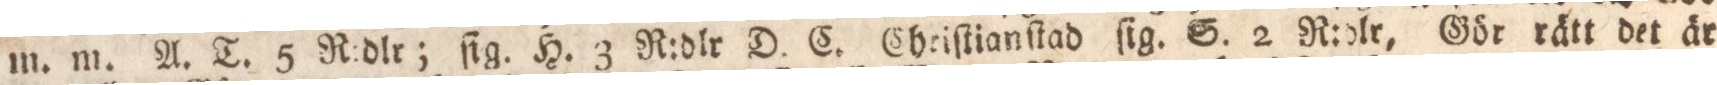
m. m. A. T. 5 R:dlr; ſig. H. 3 R:dlr D. C. Cheiſtianſtad ſig. S. 2 R:dlr, Gör rätt det är